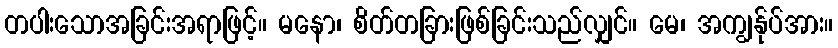
တပါးသောအခြင်းအရာဖြင့်။ မနော၊ စိတ်တခြားဖြစ်ခြင်းသည်လျှင်။ မေ၊ အကျွန်ုပ်အား။